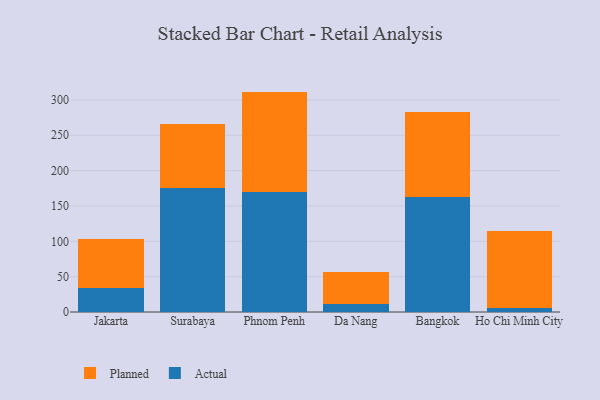
{"axis": {"x": "City", "y": "Churn Rate (%)"}, "legend": ["Actual", "Planned"], "data": [{"x": "Jakarta", "y": 33.4, "type": "Actual"}, {"x": "Jakarta", "y": 69.7, "type": "Planned"}, {"x": "Surabaya", "y": 175.9, "type": "Actual"}, {"x": "Surabaya", "y": 90.2, "type": "Planned"}, {"x": "Phnom Penh", "y": 170.0, "type": "Actual"}, {"x": "Phnom Penh", "y": 141.8, "type": "Planned"}, {"x": "Da Nang", "y": 11.8, "type": "Actual"}, {"x": "Da Nang", "y": 45.4, "type": "Planned"}, {"x": "Bangkok", "y": 162.1, "type": "Actual"}, {"x": "Bangkok", "y": 120.4, "type": "Planned"}, {"x": "Ho Chi Minh City", "y": 5.5, "type": "Actual"}, {"x": "Ho Chi Minh City", "y": 108.4, "type": "Planned"}]}